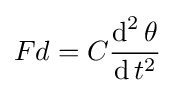
Fd=C{\frac {\operatorname {d} ^{2}\theta }{\operatorname {d} t^{2}}}